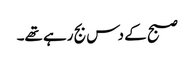
صبح کے دس بج رہے تھے۔